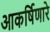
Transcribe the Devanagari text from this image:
आकर्षिणारे